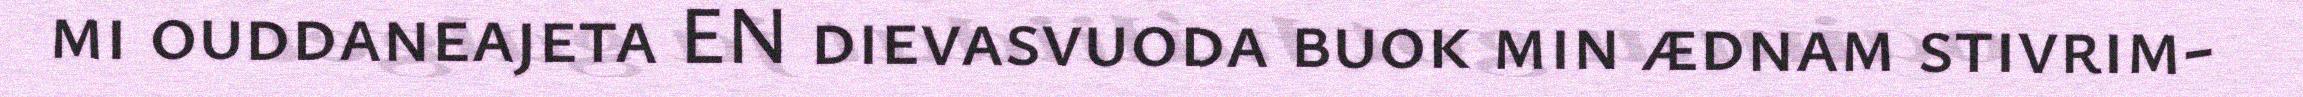
mi ouddaneajeta EN dievasvuoda buok min ædnam stivrim-